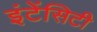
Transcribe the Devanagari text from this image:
इंटेंसिटी